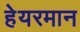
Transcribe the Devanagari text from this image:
हेयरमान